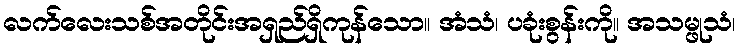
လက်လေးသစ်အတိုင်းအရှည်ရှိကုန်သော။ အံသံ၊ ပခုံးစွန်းကို။ အသမ္ဖုသံ၊